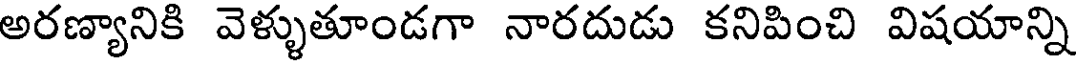
అరణ్యానికి వెళ్ళుతూండగా నారదుడు కనిపించి విషయాన్ని